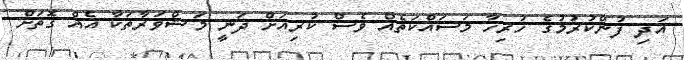
އަދި ފުންކުރުމުގެ ހުރިހާ މަސައްކަތެއް ވެސް ކުރިއަށް ދަނީ މަޝްވަރާތަކާ އެއް ގޮތަށް